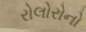
રોલોરોનો